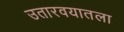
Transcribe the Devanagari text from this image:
उतारवयातला